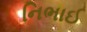
નિભાઈ